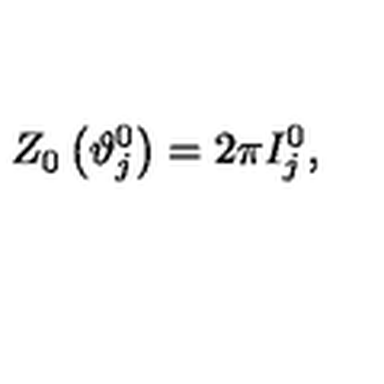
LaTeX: Z _ { 0 } \left( \vartheta _ { j } ^ { 0 } \right) = 2 \pi I _ { j } ^ { 0 } ,